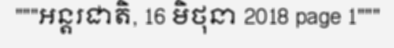
"""អន្តរជាតិ, 16 មិថុនា 2018 page 1"""